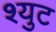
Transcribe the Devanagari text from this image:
श्युट